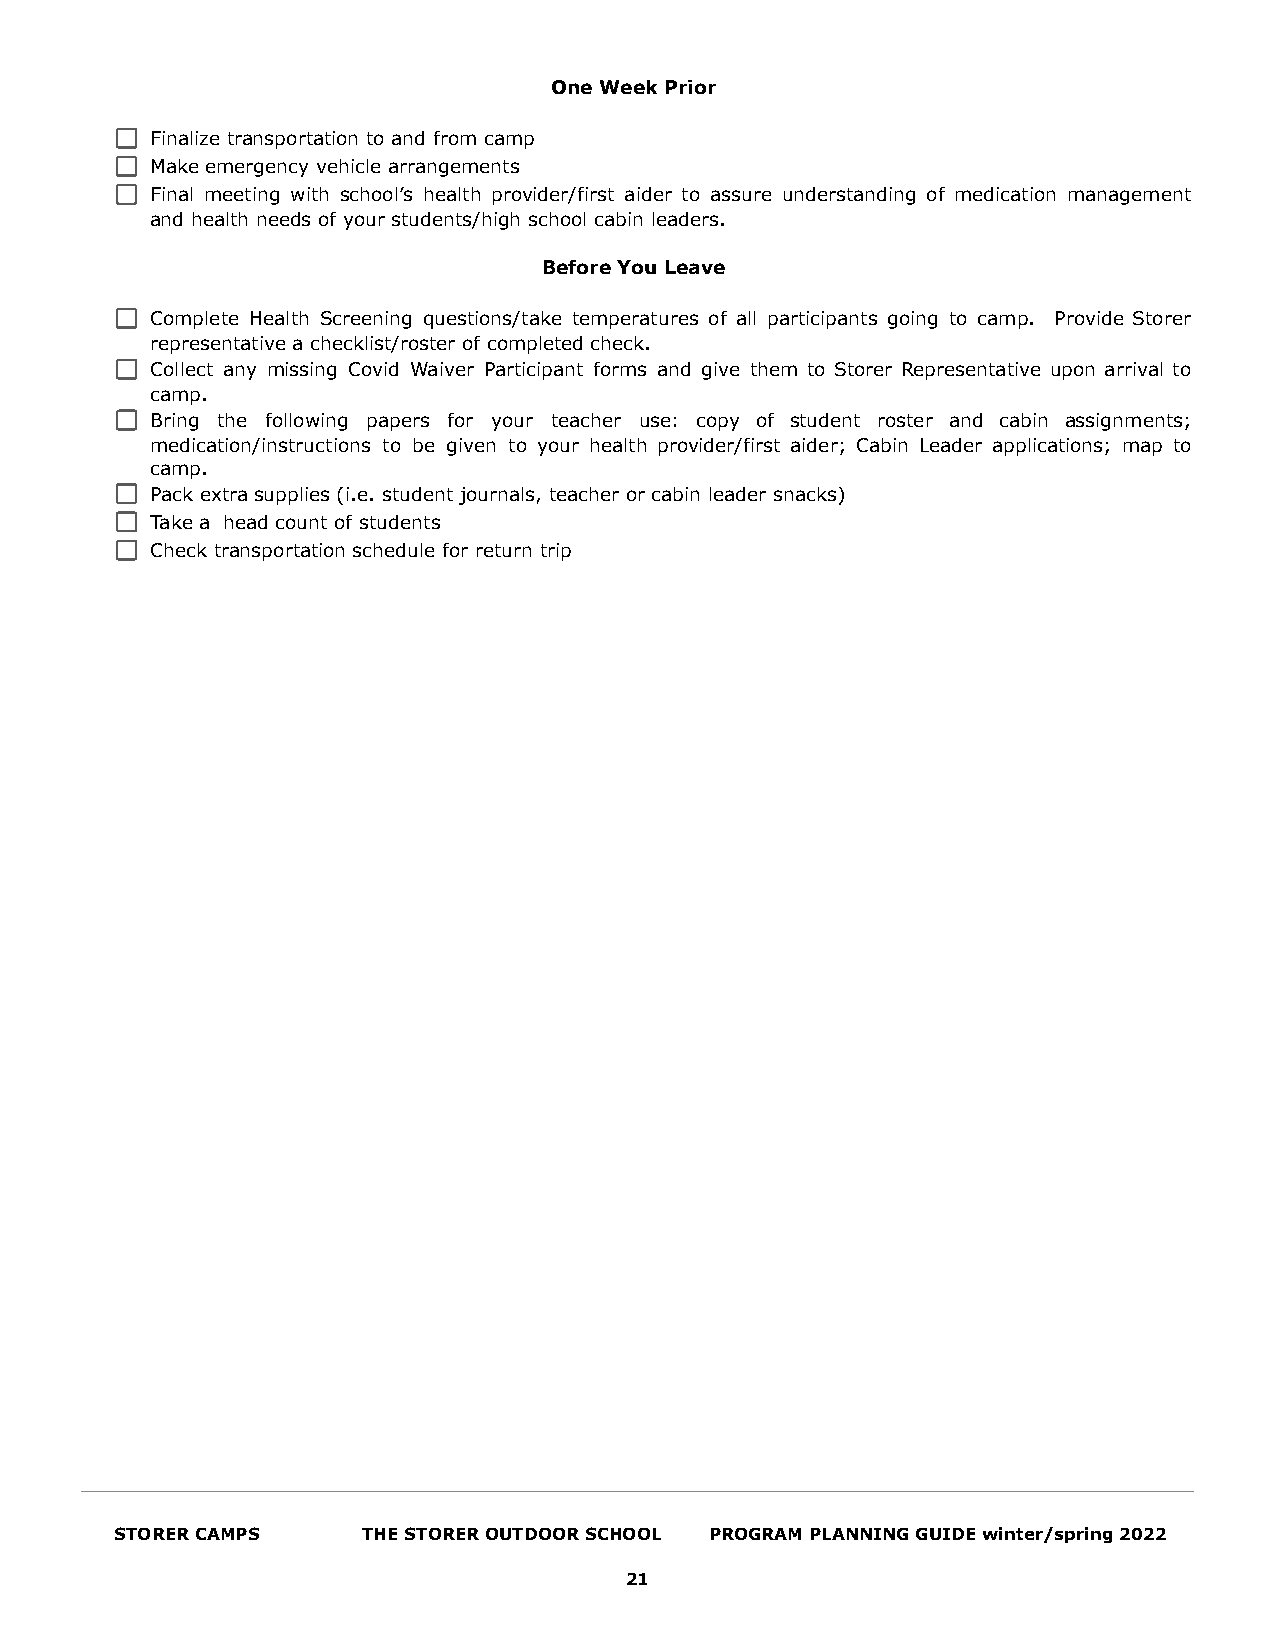
One Week Prior
 Finalize transportation to and from camp
 Make emergency vehicle arrangements
 Final meeting with school’s health provider/first aider to assure understanding of medication management
 and health needs of your students/high school cabin leaders.
 Before You Leave
 Complete Health Screening questions/take temperatures of all participants going to camp. Provide Storer
 representative a checklist/roster of completed check.
 Collect any missing Covid Waiver Participant forms and give them to Storer Representative upon arrival to
 camp.
 Bring the following papers for your teacher use: copy of student roster and cabin assignments;
 medication/instructions to be given to your health provider/first aider; Cabin Leader applications; map to
 camp.
 Pack extra supplies (i.e. student journals, teacher or cabin leader snacks)
 Take a head count of students
 Check transportation schedule for return trip
 STORER CAMPS    THE STORER OUTDOOR SCHOOL PROGRAM PLANNING GUIDE winter/spring 2022
 21